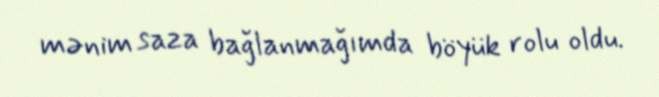
mənim saza bağlanmağımda böyük rolu oldu.